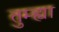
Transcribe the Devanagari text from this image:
तुम्ह्या